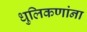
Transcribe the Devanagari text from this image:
धुलिकणांना